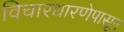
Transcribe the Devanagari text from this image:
विचारधारणेपासून